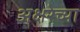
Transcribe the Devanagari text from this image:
अक्षरेच्या